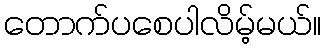
တောက်ပစေပါလိမ့်မယ်။